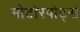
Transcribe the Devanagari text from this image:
मोटोस्पोर्ट्स